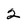
Character: 2